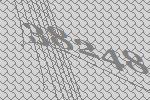
38248